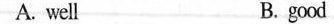
A. well B. good